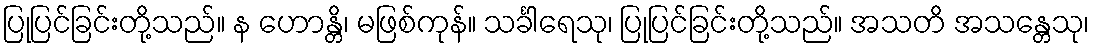
ပြုပြင်ခြင်းတို့သည်။ န ဟောန္တိ၊ မဖြစ်ကုန်။ သင်္ခါရေသု၊ ပြုပြင်ခြင်းတို့သည်။ အသတိ အသန္တေသု၊